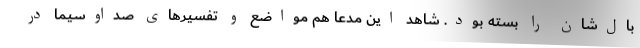
بال‌شان را بسته بود. شاهد این مدعا هم مواضع و تفسیرهای صداوسیما در